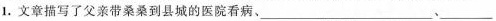
1.文章描写了父亲带桑桑到县城的医院看病、___、___